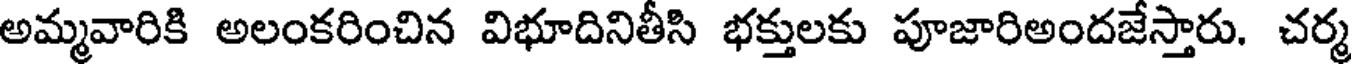
అమ్మవారికి అలంకరించిన విభూదినితీసి భక్తులకు పూజారిఅందజేస్తారు. చర్మ